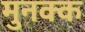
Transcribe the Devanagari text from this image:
मुनक्क